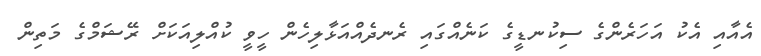
އެއާއި އެކު އަހަރެންގެ ސިކުނޑީގެ ކަނެއްގައި ރެނދެއްއަޅާލިހެން ހީވީ ކުއްލިއަކަށް ރޭޝަމްގެ މަތިން